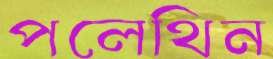
পলেথিন